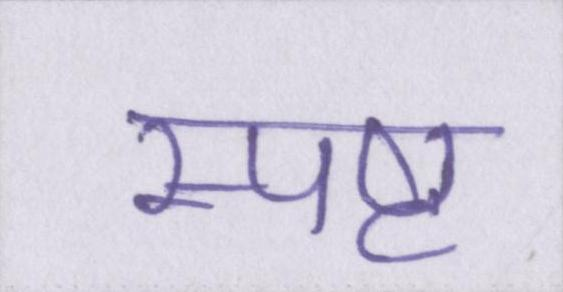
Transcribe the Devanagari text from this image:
स्पष्ट